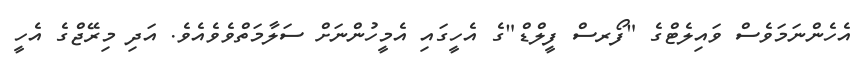
އެހެންނަމަވެސް ވައިލެޓްގެ "ފޯރސް ފީލްޑް"ގެ އެހީގައި އެމީހުންނަށް ސަލާމަތްވެވެއެވެ. އަދި މިރޭޖްގެ އެހީ